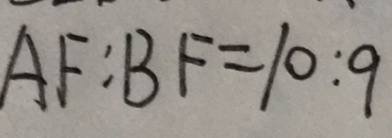
A F : B F = 1 0 : 9